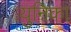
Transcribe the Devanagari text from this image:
युनिका